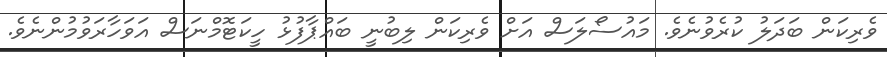
ވެރިކަން ބަދަލު ކުރެވުނެވެ. މައުސޯލަސް އަށް ވެރިކަން ލިބުނީ ބައްޕާފުޅު ހީކަޓޮމްނަސް އަވަހާރަވުމުންނެވެ.